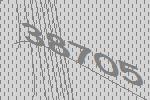
38705